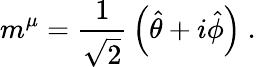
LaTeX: m^{\mu}={\frac{1}{\sqrt{2}}}\left({\hat{\theta}}+i{\hat{\phi}}\right)\ .